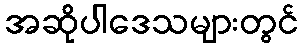
အဆိုပါဒေသများတွင်